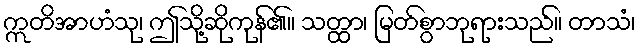
ဣတိအာဟံသု၊ ဤသို့ဆိုကုန်၏။ သတ္ထာ၊ မြတ်စွာဘုရားသည်။ တာသံ၊